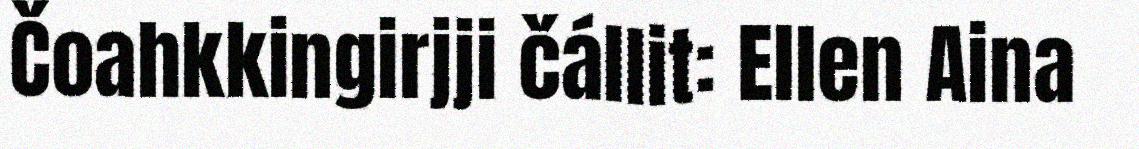
Čoahkkingirjji čállit: Ellen Aina